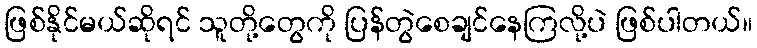
ဖြစ်နိုင်မယ်ဆိုရင် သူတို့တွေကို ပြန်တွဲစေချင်နေကြလို့ပဲ ဖြစ်ပါတယ်။